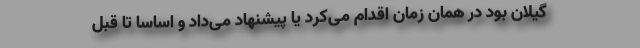
گیلان بود در همان زمان اقدام می‌کرد یا پیشنهاد می‌داد و اساسا تا قبل